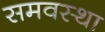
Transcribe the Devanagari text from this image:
समवस्था